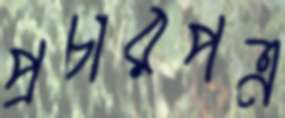
প্রচারপত্র